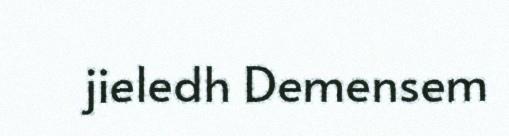
jieledh Demensem